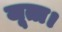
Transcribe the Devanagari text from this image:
जूता।